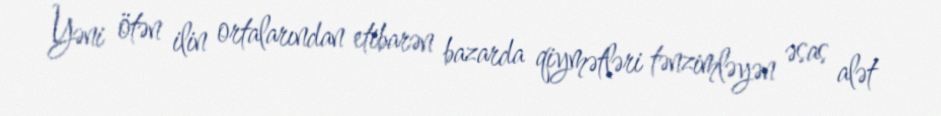
Yəni ötən ilin ortalarından etibarən bazarda qiymətləri tənzimləyən əsas alət